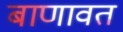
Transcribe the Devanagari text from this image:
बाणावत